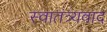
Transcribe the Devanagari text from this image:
स्वातंत्र्यवाद